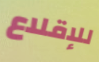
للإقلاع